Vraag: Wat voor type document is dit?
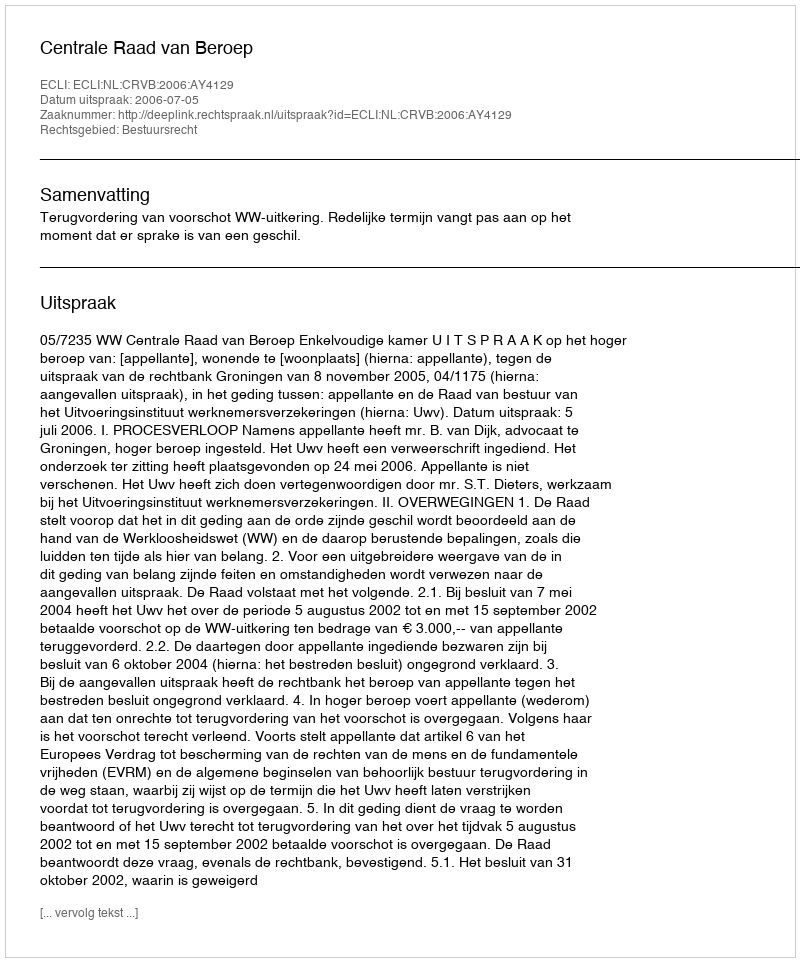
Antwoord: Uitspraak